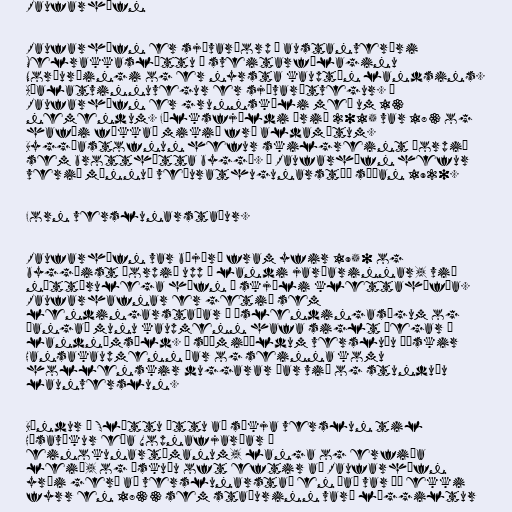
Raufarhöfn

Raufarhöfn er sjávarþorp á austanverðri
Melrakkasléttu í sveitarfélaginu
Norðurþingi og er nyrsta kauptún landsins.
Aðalatvinnuvegur er sjávarútvegur. Á
Raufarhöfn er grunnskóli með um 13
nemendum. Fólksfjöldi árið 2015 var 183 og
hafði fækkað mikið frá aldamótum.
Byggðastofnun hefur skilgreint þorpið
sem brotthætta byggð. Á Raufarhöfn hefur
verið mönnuð veðurathugunarstöð síðan 1920.

Forn verslunarstaður.

Raufarhöfn var bújörð fram yfir 1950 og
byggðist þorpið upp í landi jarðarinnar, við
náttúrulega höfn í skjóli klettahöfða.
Raufarhafnar er getið sem
lendingarstaðar í Íslendingasögum og
þangað munu kaupmenn hafa siglt þegar á
landnámsöld. Á síðmiðöldum versluðu þýskir
Hansakaupmenn þar og seinna komu
hollenskir duggarar þar við og stunduðu
launverslun.

Bændur á Sléttu áttu að sækja verslun til
Húsavíkur eða Vopnafjarðar á
einokunartímanum, langa og erfiða
leið, og óskuðu oft eftir að Raufarhöfn
yrði gerð að verslunarstað en það var þó ekki
fyrr en 1833 sem staðurinn varð löggiltur